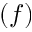
( f )